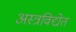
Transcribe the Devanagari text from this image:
अस्त्रविद्येत